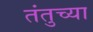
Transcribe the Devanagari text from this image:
तंतुच्या